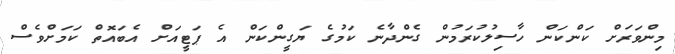
މިންވަރަށް ކަންކަން ހާސިލުކުރަމުން ގެންދާނެ ކަމުގެ ޔަގީންކަން އެ ޕަޓީއަށް އެބައޮތް ކަމަށްވެސް